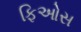
ફિઓસ